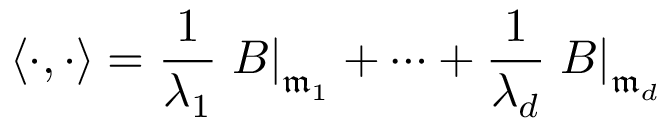
\langle \cdot , \cdot \rangle = { \frac { 1 } { \lambda _ { 1 } } } \left. B \right| _ { { \mathfrak { m } } _ { 1 } } + \cdots + { \frac { 1 } { \lambda _ { d } } } \left. B \right| _ { { \mathfrak { m } } _ { d } }